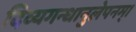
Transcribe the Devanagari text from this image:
दिव्यगन्धानुलेपनम्‌।